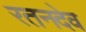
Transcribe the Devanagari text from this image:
रतनदेव